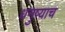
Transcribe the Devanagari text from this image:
धनुष्याच